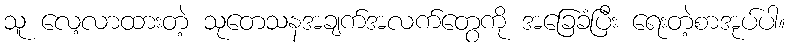
သူ လေ့လာထားတဲ့ သုတေသနအချက်အလက်တွေကို အခြေခံပြီး ရေးတဲ့စာအုပ်ပါ။